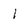
Character: l